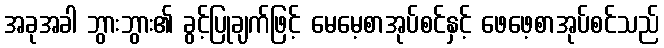
အခုအခါ ဘွားဘွား၏ ခွင့်ပြုချက်ဖြင့် မေမေ့စာအုပ်စင်နှင့် ဖေဖေ့စာအုပ်စင်သည်